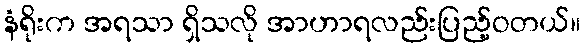
နံရိုးက အရသာ ရှိသလို အာဟာရလည်းပြည့်ဝတယ်။